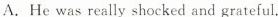
A.He was reaily shocked and grateful.